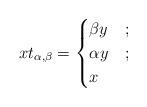
LaTeX: \begin{align*} x t_{\alpha,\beta} = \begin{cases} \beta y &; \\ \alpha y &; \\ x & \end{cases} \end{align*}